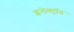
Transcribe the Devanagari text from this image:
इलेक्ट्रॉड